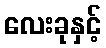
လေးခုနှင့်